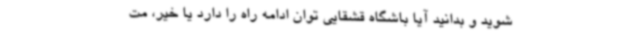
شوید و بدانید آیا باشگاه قشقایی توان ادامه راه را دارد یا خیر، مت